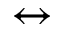
\leftrightarrow